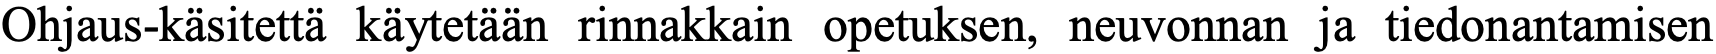
Ohjaus-käsitettä käytetään rinnakkain opetuksen, neuvonnan ja tiedonantamisen